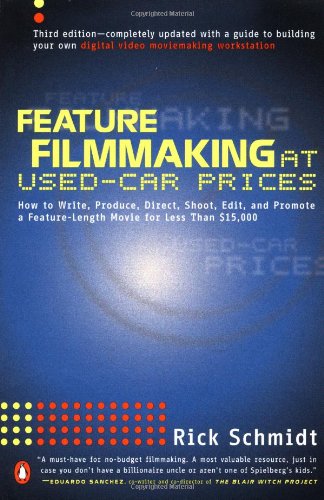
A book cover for Feature Filmmaking at Used-Car Prices: Second Revised Edition; Rick Schmidt; Engineering & Transportation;